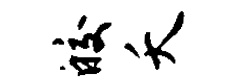
皎夭